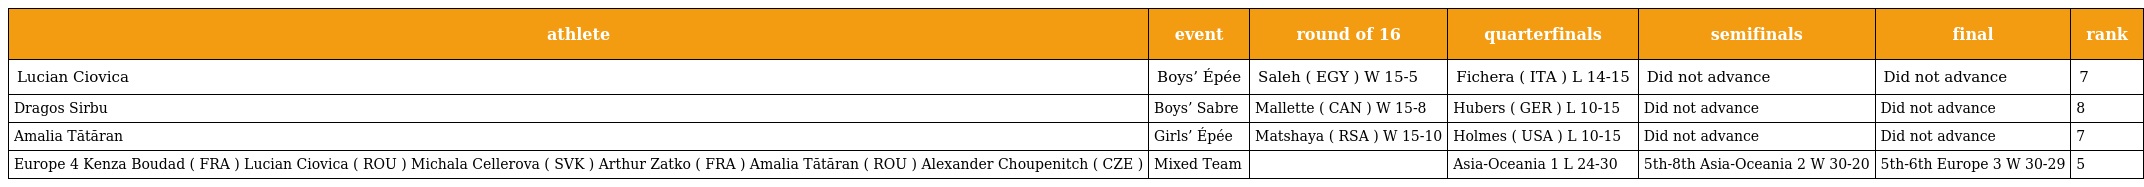
| athlete | event | round of 16 | quarterfinals | semifinals | final | rank |
 | --- | --- | --- | --- | --- | --- | --- |
 | Lucian Ciovica | Boys’ Épée | Saleh ( EGY ) W 15-5 | Fichera ( ITA ) L 14-15 | Did not advance | Did not advance | 7 |
 | Dragos Sirbu | Boys’ Sabre | Mallette ( CAN ) W 15-8 | Hubers ( GER ) L 10-15 | Did not advance | Did not advance | 8 |
 | Amalia Tătăran | Girls’ Épée | Matshaya ( RSA ) W 15-10 | Holmes ( USA ) L 10-15 | Did not advance | Did not advance | 7 |
 | Europe 4 Kenza Boudad ( FRA ) Lucian Ciovica ( ROU ) Michala Cellerova ( SVK ) Arthur Zatko ( FRA ) Amalia Tătăran ( ROU ) Alexander Choupenitch ( CZE ) | Mixed Team |  | Asia-Oceania 1 L 24-30 | 5th-8th Asia-Oceania 2 W 30-20 | 5th-6th Europe 3 W 30-29 | 5 |